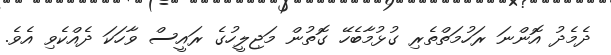
ދެމެދު އޮންނަ ރަހުމަތްތެރި ގުޅުމާބެހޭ ގޮތުން މަޖިލީހުގެ ރައީސް ވާހަކަ ދެއްކެވި އެވެ.